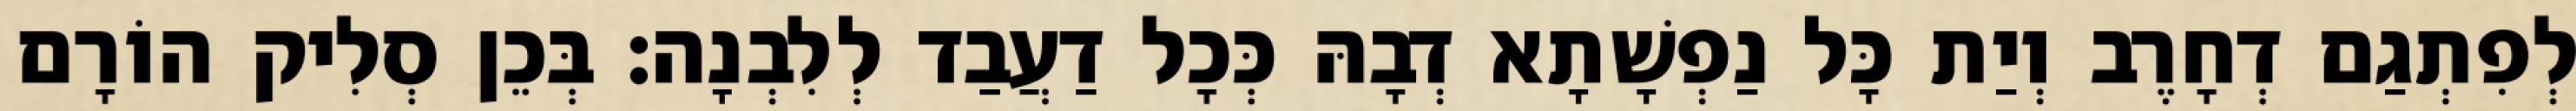
לְפִתְגַם דְחָרֶב וְיַת כָּל נַפְשָׁתָא דְבָהּ כְּכָל דַעֲבַד לְלִבְנָה׃ בְּכֵן סְלִיק הוֹרָם